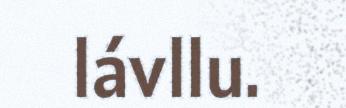
lávllu.